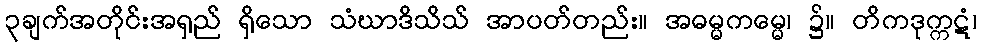
၃ချက်အတိုင်းအရှည် ရှိသော သံဃာဒိသိသ် အာပတ်တည်း။ အဓမ္မကမ္မေ၊ ၌။ တိကဒုက္ကဋံ၊